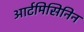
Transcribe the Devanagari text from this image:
आर्टमिसिनिन